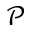
\mathcal { P }